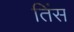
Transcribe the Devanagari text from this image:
तिंस